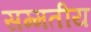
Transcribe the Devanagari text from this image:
सम्मतीय